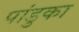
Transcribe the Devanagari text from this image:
पांडुका